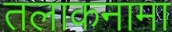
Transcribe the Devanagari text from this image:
तलाकनामा